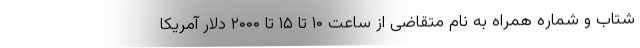
شتاب و شماره همراه به نام متقاضی از ساعت ۱۰ تا ۱۵ تا ۲۰۰۰ دلار آمریکا